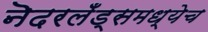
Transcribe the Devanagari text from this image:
नॆदरलँड्समध्येच